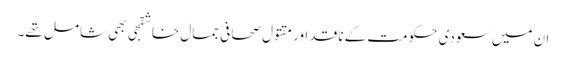
ان میں سعودی حکومت کے ناقد اور مقتول صحافی جمال خاشقجی بھی شامل تھے۔